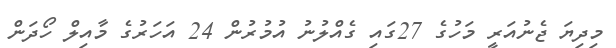
މިދިޔަ ޖެނުއަރީ މަހުގެ 27ގައި ގެއްލުނު އުމުރުން 24 އަހަރުގެ މާއިލް ހޯދަން